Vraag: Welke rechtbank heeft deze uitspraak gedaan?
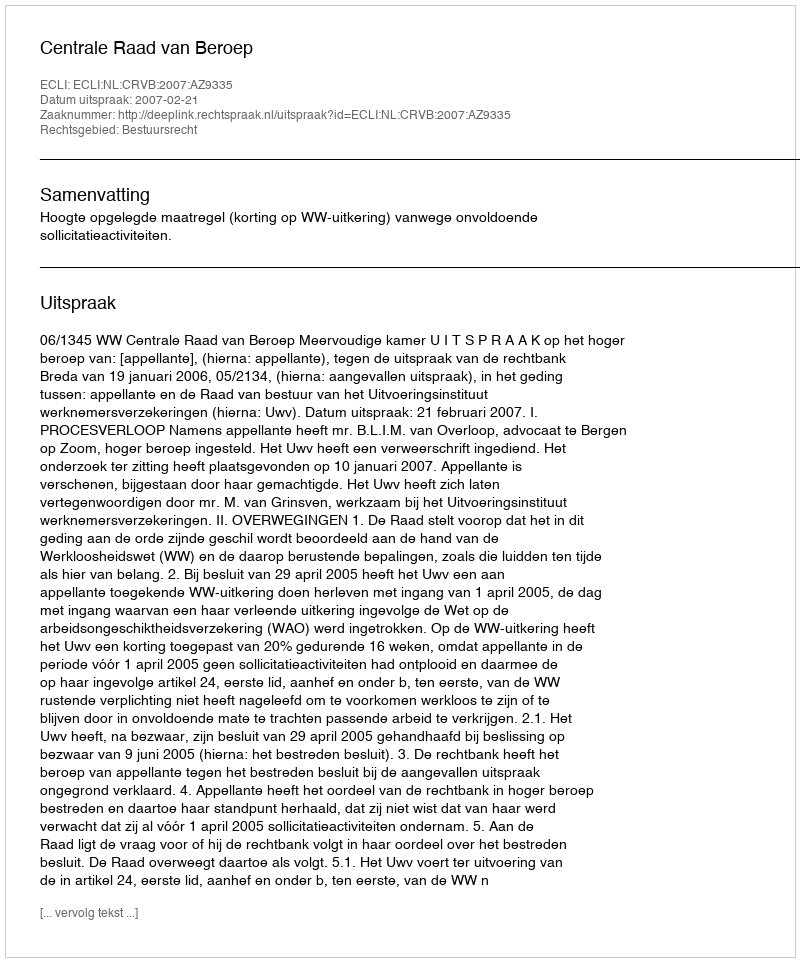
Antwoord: Centrale Raad van Beroep